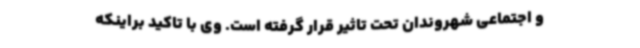
و اجتماعی شهروندان تحت‌ تاثیر قرار گرفته است. وی با تاکید براینکه